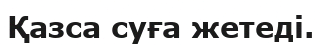
Қазса суға жетеді.